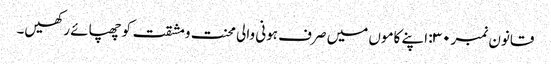
قانون نمبر ۳۰: اپنے کاموں میں صرف ہونی والی محنت ومشقت کو چھپائے رکھیں۔